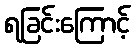
ရခြင်းကြောင့်